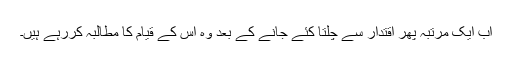
اب ایک مرتبہ پھر اقتدار سے چلتا کئے جانے کے بعد وہ اس کے قیام کا مطالبہ کررہے ہیں۔